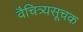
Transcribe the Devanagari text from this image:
वैचित्र्यसूचक